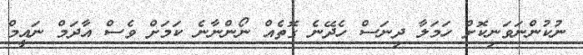
ނުކުންނަވަނިކޮށް ހަމަލާ ދިނަސް ހެދޭނެ ގޮތެއް ނޯންނާނެ ކަމަށް ވެސް އާދަމް ނައީމް